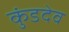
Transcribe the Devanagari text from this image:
कुंडदेव